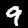
Label: 9